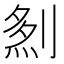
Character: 𠞎